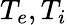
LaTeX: T_{e},T_{i}